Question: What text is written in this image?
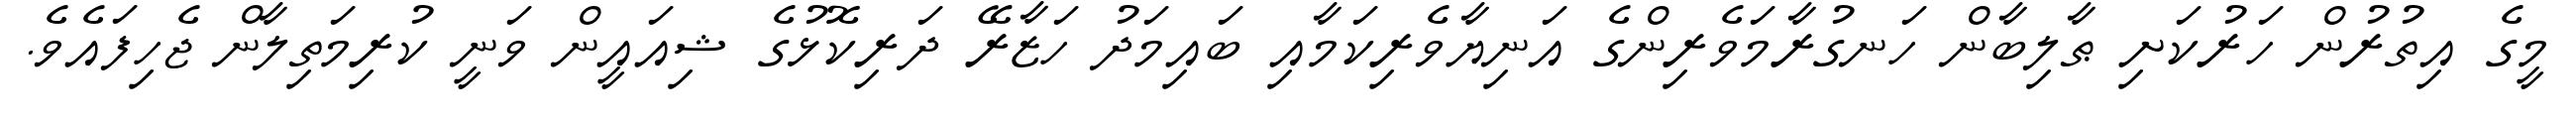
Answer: މީގެ އިތުރުން ހަރުކަށި ޠާލިބާން ހަނގުރާމަވެރިންގެ އަނިޔާވެރިކަމާއި ބައިމަދު ހަޒާރޭ ދަރިކޮޅުގެ ޝިއައީން ވަނީ ކުރިމަތިލާން ޖެހިފައެވެ.